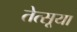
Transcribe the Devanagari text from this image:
तेत्सूया